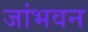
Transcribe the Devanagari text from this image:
जांभवन